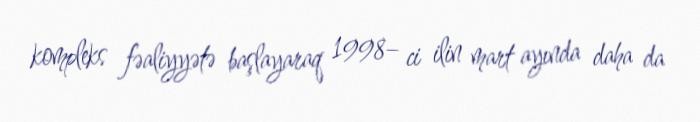
kompleks fəaliyyətə başlayaraq 1998– ci ilin mart ayında daha da